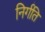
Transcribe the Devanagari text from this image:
निर्गति